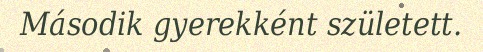
Második gyerekként született.